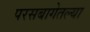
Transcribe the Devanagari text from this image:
परसबागेतल्या